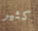
كثير